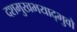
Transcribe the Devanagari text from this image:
दशमुखभयाद्भुवो